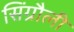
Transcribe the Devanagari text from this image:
सिंग्रौली